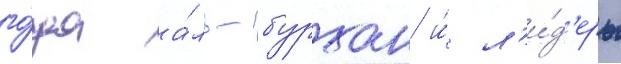
го́да а́ль-бурхан и́ л'и́д'еры